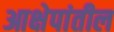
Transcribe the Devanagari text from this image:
आक्षेपांतील